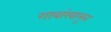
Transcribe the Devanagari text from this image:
गावांखालून